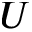
U